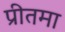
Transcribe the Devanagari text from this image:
प्रीतमा